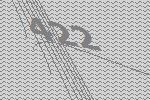
422